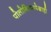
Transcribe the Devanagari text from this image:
पोलोनियमपेक्षाही